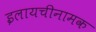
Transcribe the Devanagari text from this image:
इलायचीनामक